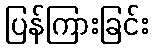
ပြန်ကြားခြင်း